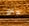
جني